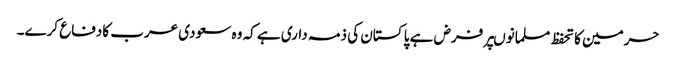
حرمین کا تحفظ مسلمانوںپر فرض ہے پا کستان کی ذمہ داری ہے کہ وہ سعودی عرب کادفاع کرے۔